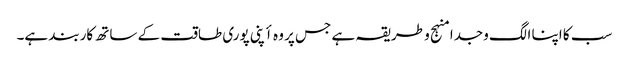
سب کا اپنا الگ وجدا منہج و طریقہ ہے جس پر وہ أپنی پوری طاقت کے ساتھ کاربند ہے۔